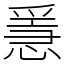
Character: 㥯